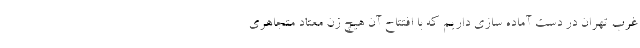
غرب تهران در دست آماده سازی داریم که با افتتاح آن هیچ زن معتاد متجاهری